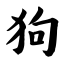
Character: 狗